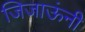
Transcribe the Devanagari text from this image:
जिजाऊंनी